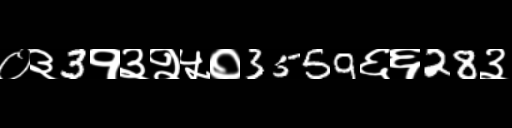
Text: ०३3१३२५०3559६६28३